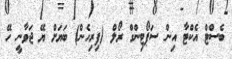
ބެސްޓް އެކްޓާ އިން ސަޕޯޓިންގް ރޯލް (ފިރިހެން) ބަޔަށް ޔޭ ޖަވާނީ ހޭ